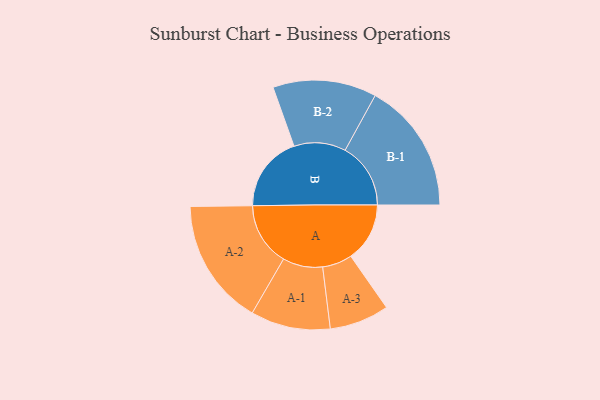
{"axis": {"x": "Segment", "y": "Value"}, "legend": ["", "A", "B"], "data": [{"x": "A", "y": 241, "type": ""}, {"x": "B", "y": 311, "type": ""}, {"x": "A-1", "y": 163, "type": "A"}, {"x": "A-2", "y": 259, "type": "A"}, {"x": "A-3", "y": 122, "type": "A"}, {"x": "B-1", "y": 268, "type": "B"}, {"x": "B-2", "y": 212, "type": "B"}]}